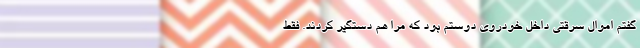
گفتم اموال سرقتی داخل خودروی دوستم بود که مرا هم دستگیر کردند. فقط